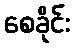
စေခိုင်း